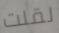
لقلت